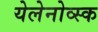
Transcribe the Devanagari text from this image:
येलेनोव्स्क